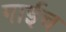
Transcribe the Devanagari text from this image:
गाईच